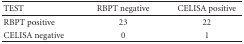
| TEST | RBPT negative | CELISA positive |
 | --- | --- | --- |
 | RBPT positive | 23 | 22 |
 | CELISA negative | 0 | 1 |